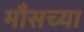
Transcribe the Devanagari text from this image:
माँसच्या